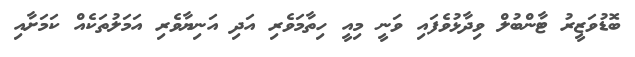
ބޮޑުވަޒީރު ޓާންބުލް ވިދާޅުވެފައި ވަނީ މިއީ ހިތާމަވެރި އަދި އަނިޔާވެރި އަމަލުތަކެއް ކަމަށާއި